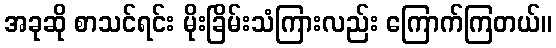
အခုဆို စာသင်ရင်း မိုးခြိမ်းသံကြားလည်း ကြောက်ကြတယ်။